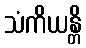
သံကိယန္တိ